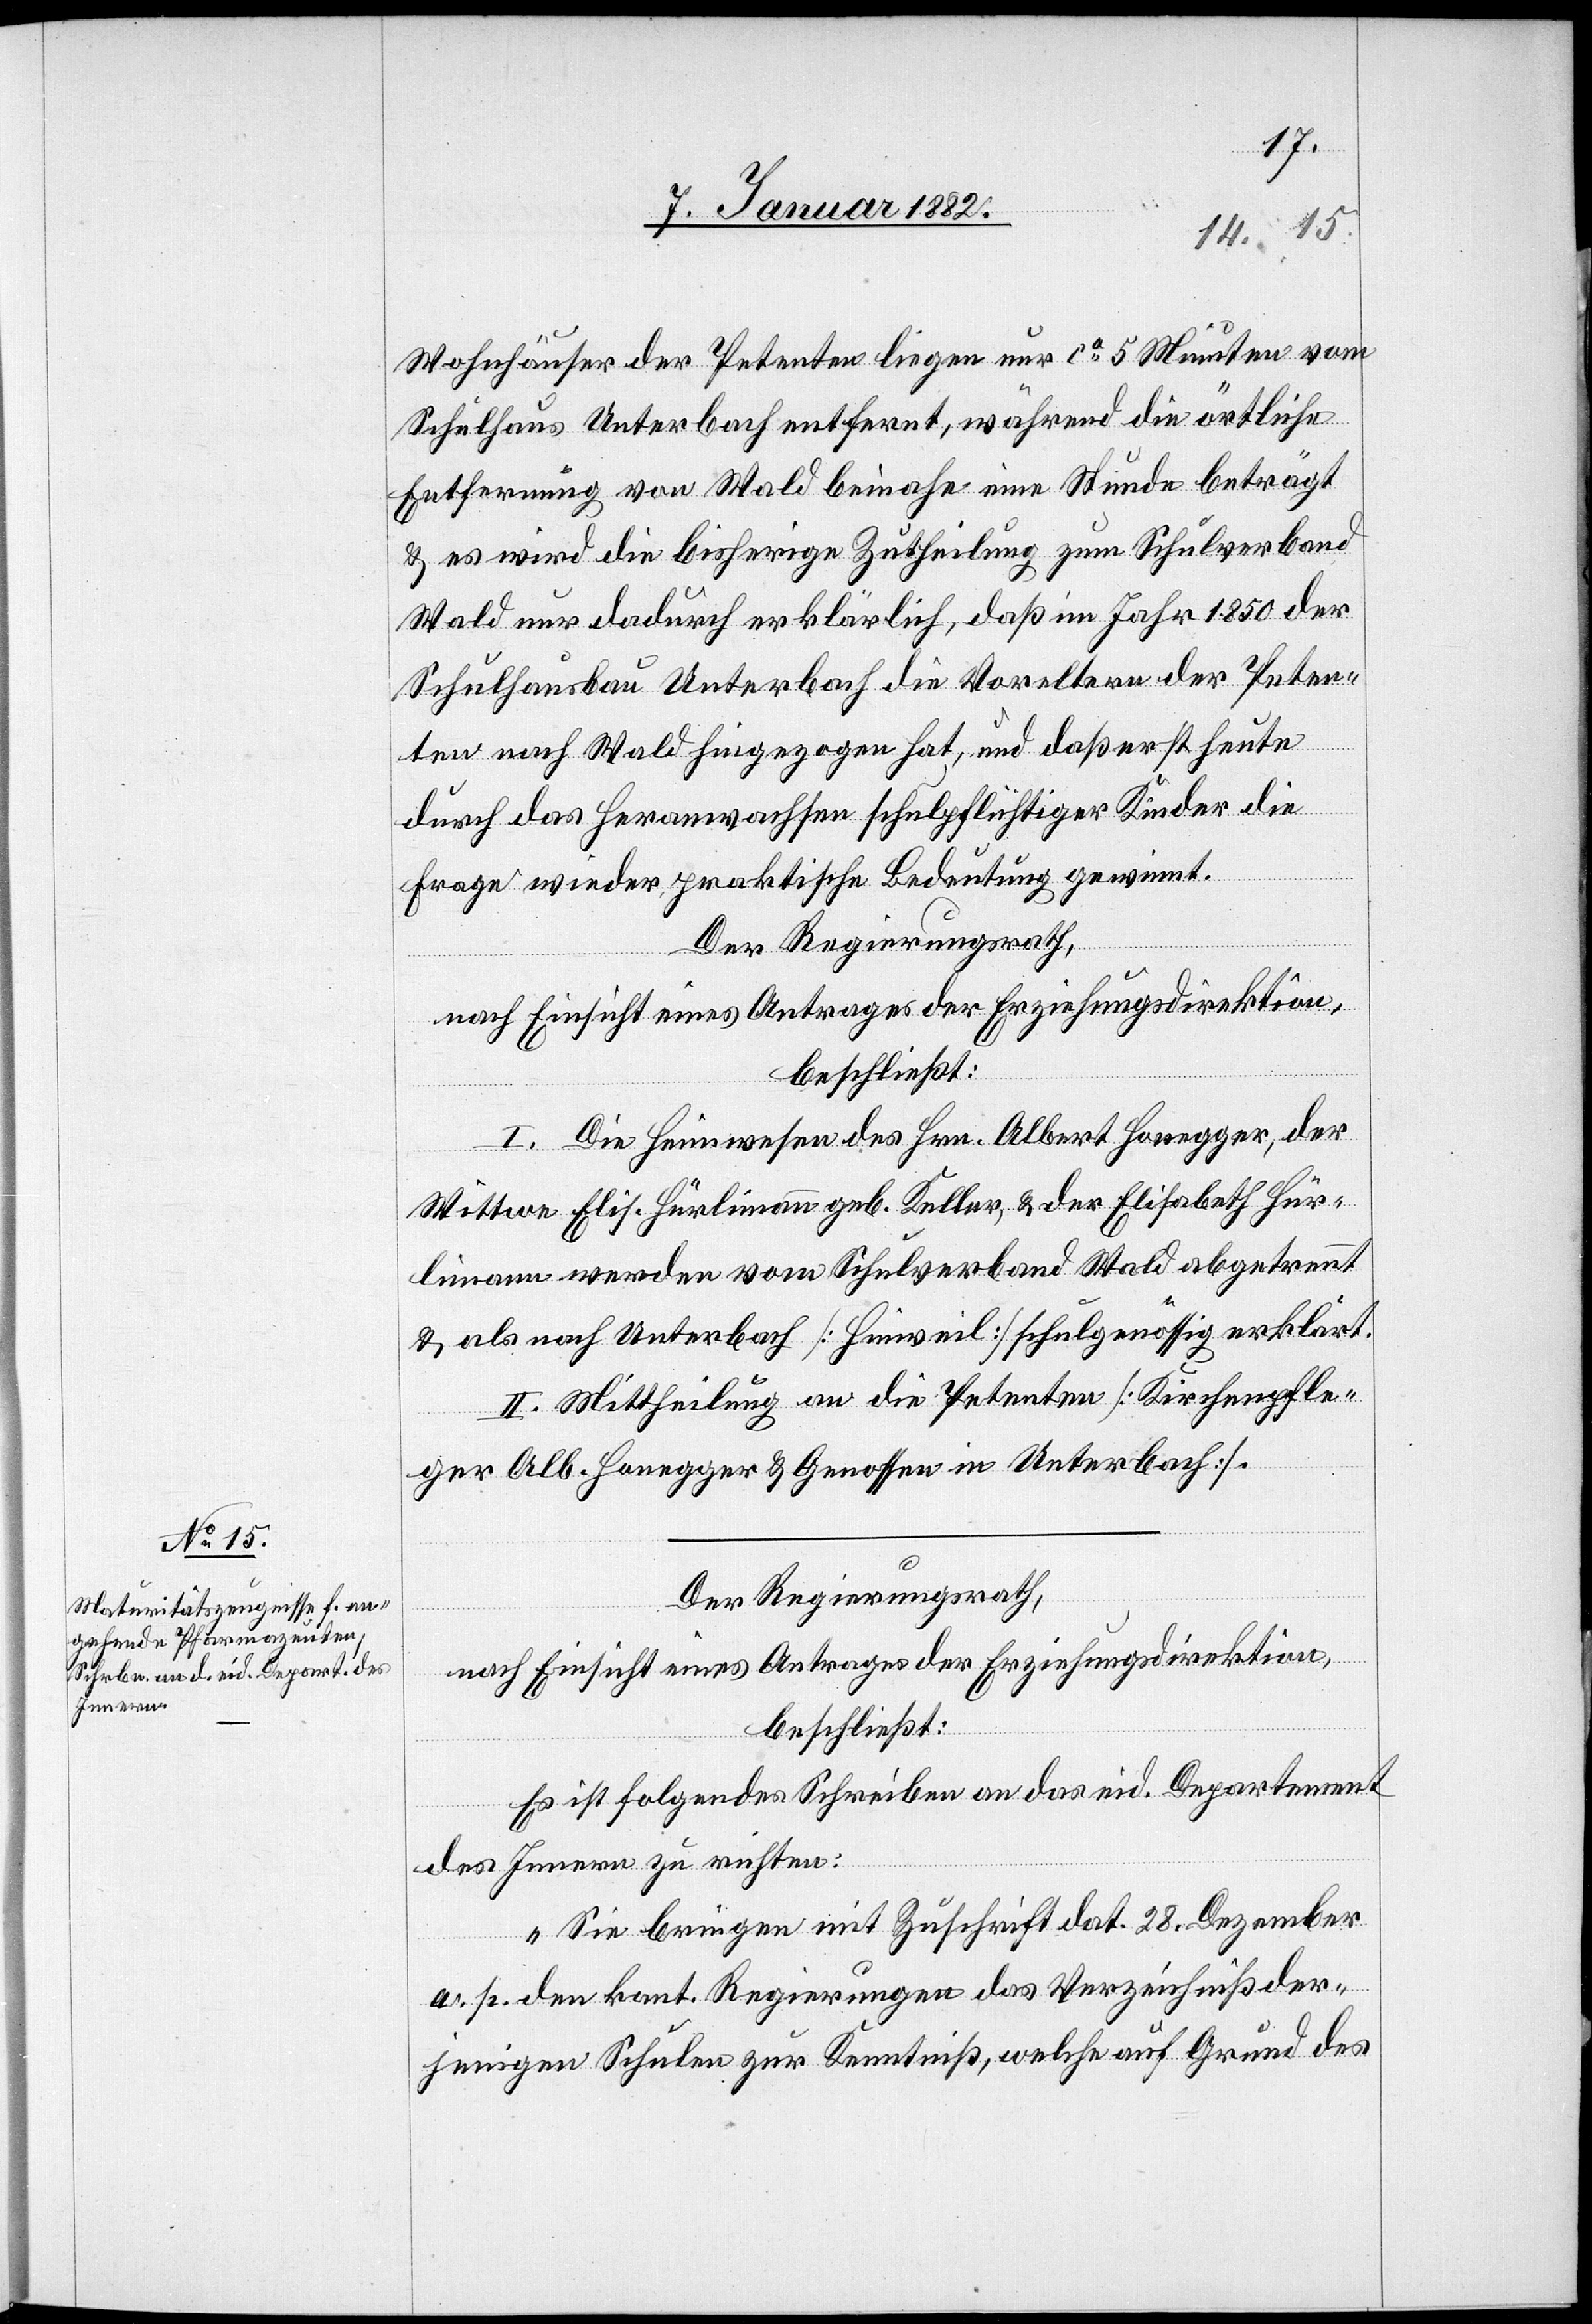
Wohnhäuser der Petenten liegen nur ca 5 Minuten vom
Schulhaus Unterbach entfernt, während die örtliche
Entfernung von Wald beinahe eine Stunde beträgt
& es wird die bisherige Zutheilung zum Schulverband
Wald nur dadurch erklärlich, daß im Jahr 1850 der
Schulhausbau Unterbach die Voreltern der Peten¬
ten nach Wald hingezogen hat, und daß erst heute
durch das Heranwachsen schulpflichtiger Kinder die
Frage wieder praktische Bedeutung gewinnt.
Der Regierungsrath,
nach Einsicht eines Antrages der Erziehungsdirektion,
beschließt:
I. Die Heimwesen des Hrn. Albert Honegger, der
Wittwe Elis. Hürlimann geb. Keller, & der Elisabeth [si¬
rlimann werden vom Schulverband Wald abgetrennt
& als nach Unterbach [Hinweil] schulgenössig erklärt.
II. Mittheilung an die Petenten [Kirchenpfle¬
ger Alb. Honegger & Genossen in Unterbach].
Der Regierungsrath,
nach Einsicht eines Antrages der Erziehungsdirektion,
beschließt:
Es ist folgendes Schreiben an das eid. Departement
Hü¬
des Innern zu richten:
„Sie bringen mit Zuschrift dat. 28. Dezember
a. p. den kant. Regierungen das Verzeichniß der¬
jenigen Schulen zur Kenntniß, welche auf Grund des